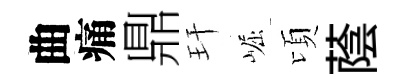
曲痛鼎玕崛頃蔭